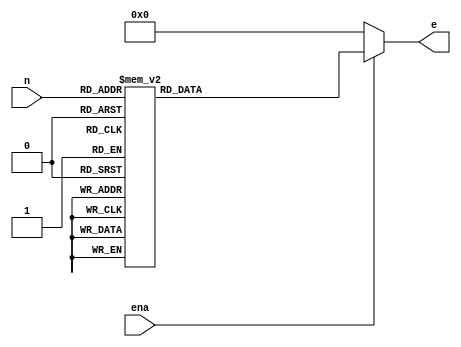
/************************************************
  The Verilog HDL code example is from the book
  Computer Principles and Design in Verilog HDL
  by Yamin Li, published by A JOHN WILEY & SONS
************************************************/
module dec5e (n,ena,e);                  // 5-32 decoder with an enable
    input   [4:0] n;                     // 5-bit number
    input         ena;                   // master enable
    output [31:0] e;                     // 32-bit enables
    assign        e = ena? decoder(n) : 32'h00000000;
    function [31:0] decoder;
        input [4:0] n;
        case (n)
            5'd00: decoder=32'h00000001; // 00000000000000000000000000000001
            5'd01: decoder=32'h00000002; // 00000000000000000000000000000010
            5'd02: decoder=32'h00000004; // 00000000000000000000000000000100
            5'd03: decoder=32'h00000008; // 00000000000000000000000000001000
            5'd04: decoder=32'h00000010; // 00000000000000000000000000010000
            5'd05: decoder=32'h00000020; // 00000000000000000000000000100000
            5'd06: decoder=32'h00000040; // 00000000000000000000000001000000
            5'd07: decoder=32'h00000080; // 00000000000000000000000010000000
            5'd08: decoder=32'h00000100; // 00000000000000000000000100000000
            5'd09: decoder=32'h00000200; // 00000000000000000000001000000000
            5'd10: decoder=32'h00000400; // 00000000000000000000010000000000
            5'd11: decoder=32'h00000800; // 00000000000000000000100000000000
            5'd12: decoder=32'h00001000; // 00000000000000000001000000000000
            5'd13: decoder=32'h00002000; // 00000000000000000010000000000000
            5'd14: decoder=32'h00004000; // 00000000000000000100000000000000
            5'd15: decoder=32'h00008000; // 00000000000000001000000000000000
            5'd16: decoder=32'h00010000; // 00000000000000010000000000000000
            5'd17: decoder=32'h00020000; // 00000000000000100000000000000000
            5'd18: decoder=32'h00040000; // 00000000000001000000000000000000
            5'd19: decoder=32'h00080000; // 00000000000010000000000000000000
            5'd20: decoder=32'h00100000; // 00000000000100000000000000000000
            5'd21: decoder=32'h00200000; // 00000000001000000000000000000000
            5'd22: decoder=32'h00400000; // 00000000010000000000000000000000
            5'd23: decoder=32'h00800000; // 00000000100000000000000000000000
            5'd24: decoder=32'h01000000; // 00000001000000000000000000000000
            5'd25: decoder=32'h02000000; // 00000010000000000000000000000000
            5'd26: decoder=32'h04000000; // 00000100000000000000000000000000
            5'd27: decoder=32'h08000000; // 00001000000000000000000000000000
            5'd28: decoder=32'h10000000; // 00010000000000000000000000000000
            5'd29: decoder=32'h20000000; // 00100000000000000000000000000000
            5'd30: decoder=32'h40000000; // 01000000000000000000000000000000
            5'd31: decoder=32'h80000000; // 10000000000000000000000000000000
        endcase
    endfunction
endmodule